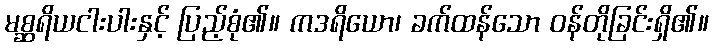
မစ္ဆရိယငါးပါးနှင့် ပြည့်စုံ၏။ ကဒရိယော၊ ခက်ထန်သော ဝန်တိုခြင်းရှိ၏။